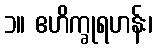
၁။ ဧဟိက္ခုရဟန်း၊